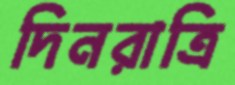
দিনরাত্রি